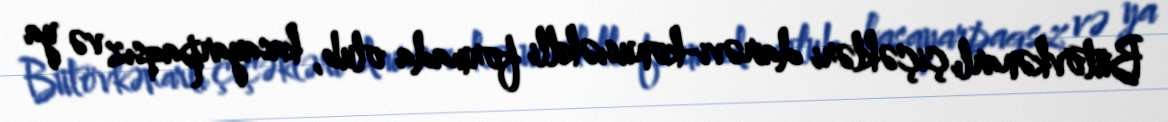
Bütövkənarlı çiçəkləri dairəvi-konusıəkilli formada olub, kasayarpaqsız və ya